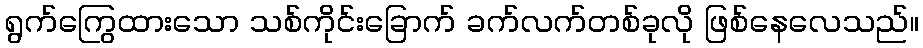
ရွက်ကြွေထားသော သစ်ကိုင်းခြောက် ခက်လက်တစ်ခုလို ဖြစ်နေလေသည်။